Report of the Lahore Medical School Hospital
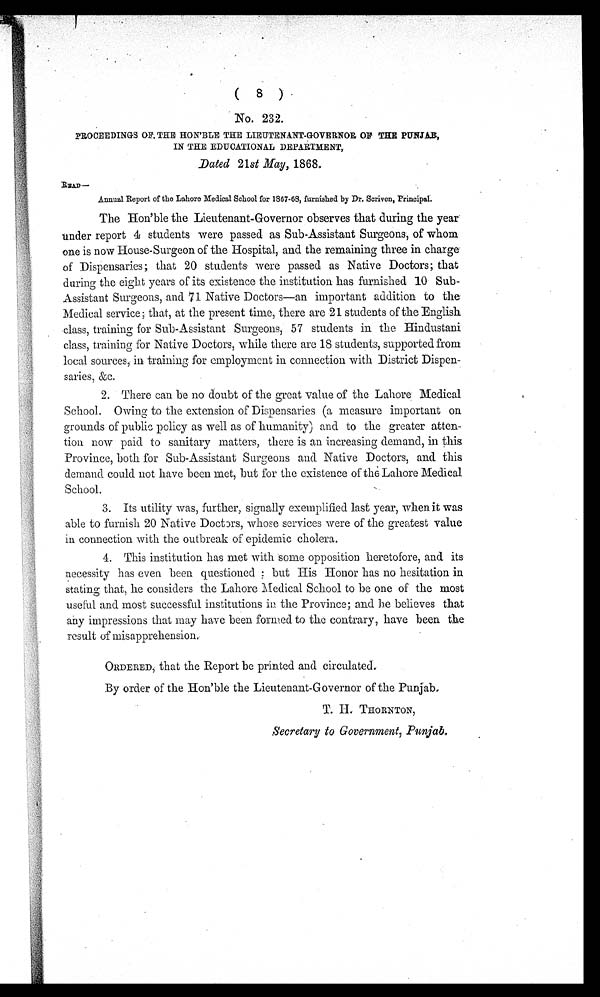
(8)
No. 232.
PROCEEDINGS OF THE HON'BLE THE LIEUTENANT-GOVERNOR OF THE PUNJAB,
IN THE EDUCATIONAL DEPARTMENT,
Dated. 21st May, 1868.
READ—
Annual Report of the Lahore Medical School for 1867-68, furnished by Dr. Scriven, Principal.
The Hon'ble the Lieutenant-Governor observes that during the year
under report 4 students were passed as Sub-Assistant Surgeons, of whom
one is now House-Surgeon of the Hospital, and the remaining three in charge
of Dispensaries; that 20 students were passed as Native Doctors; that
during the eight years of its existence the institution has furnished 10 Sub-
Assistant Surgeons, and 71 Native Doctors—an important addition to the
Medical service; that, at the present time, there are 21 students of the English
class, training for Sub-Assistant Surgeons, 57 students in the Hindustani
class, training for Native Doctors, while there are 18 students, supported from
local sources, in training for employment in connection with District Dispen-
saries, &c.
2. There can be no doubt of the great value of the Lahore Medical
School. Owing to the extension of Dispensaries (a measure important on
grounds of public policy as well as of humanity) and to the greater atten-
tion now paid to sanitary matters, there is an increasing demand, in this
Province, both for Sub-Assistant Surgeons and Native Doctors, and this
demand could not have been met, but for the existence of the Lahore Medical
School.
3. Its utility was, further, signally exemplified last year, when it was
able to furnish 20 Native Doctors, whose services were of the greatest value
in connection with the outbreak of epidemic cholera.
4. This institution has met with some opposition heretofore, and its
necessity has even been questioned ; but His Honor has no hesitation in
stating that, he considers the Lahore Medical School to be one of the most
useful and most successful institutions in the Province; and he believes that
any impressions that may have been formed to the contrary, have been the
result of misapprehension.
ORDERED, that the Report be printed and circulated.
By order of the Hon'ble the Lieutenant-Governor of the Punjab,
T.H. THORNTON,
Secretary to Government, Punjab.